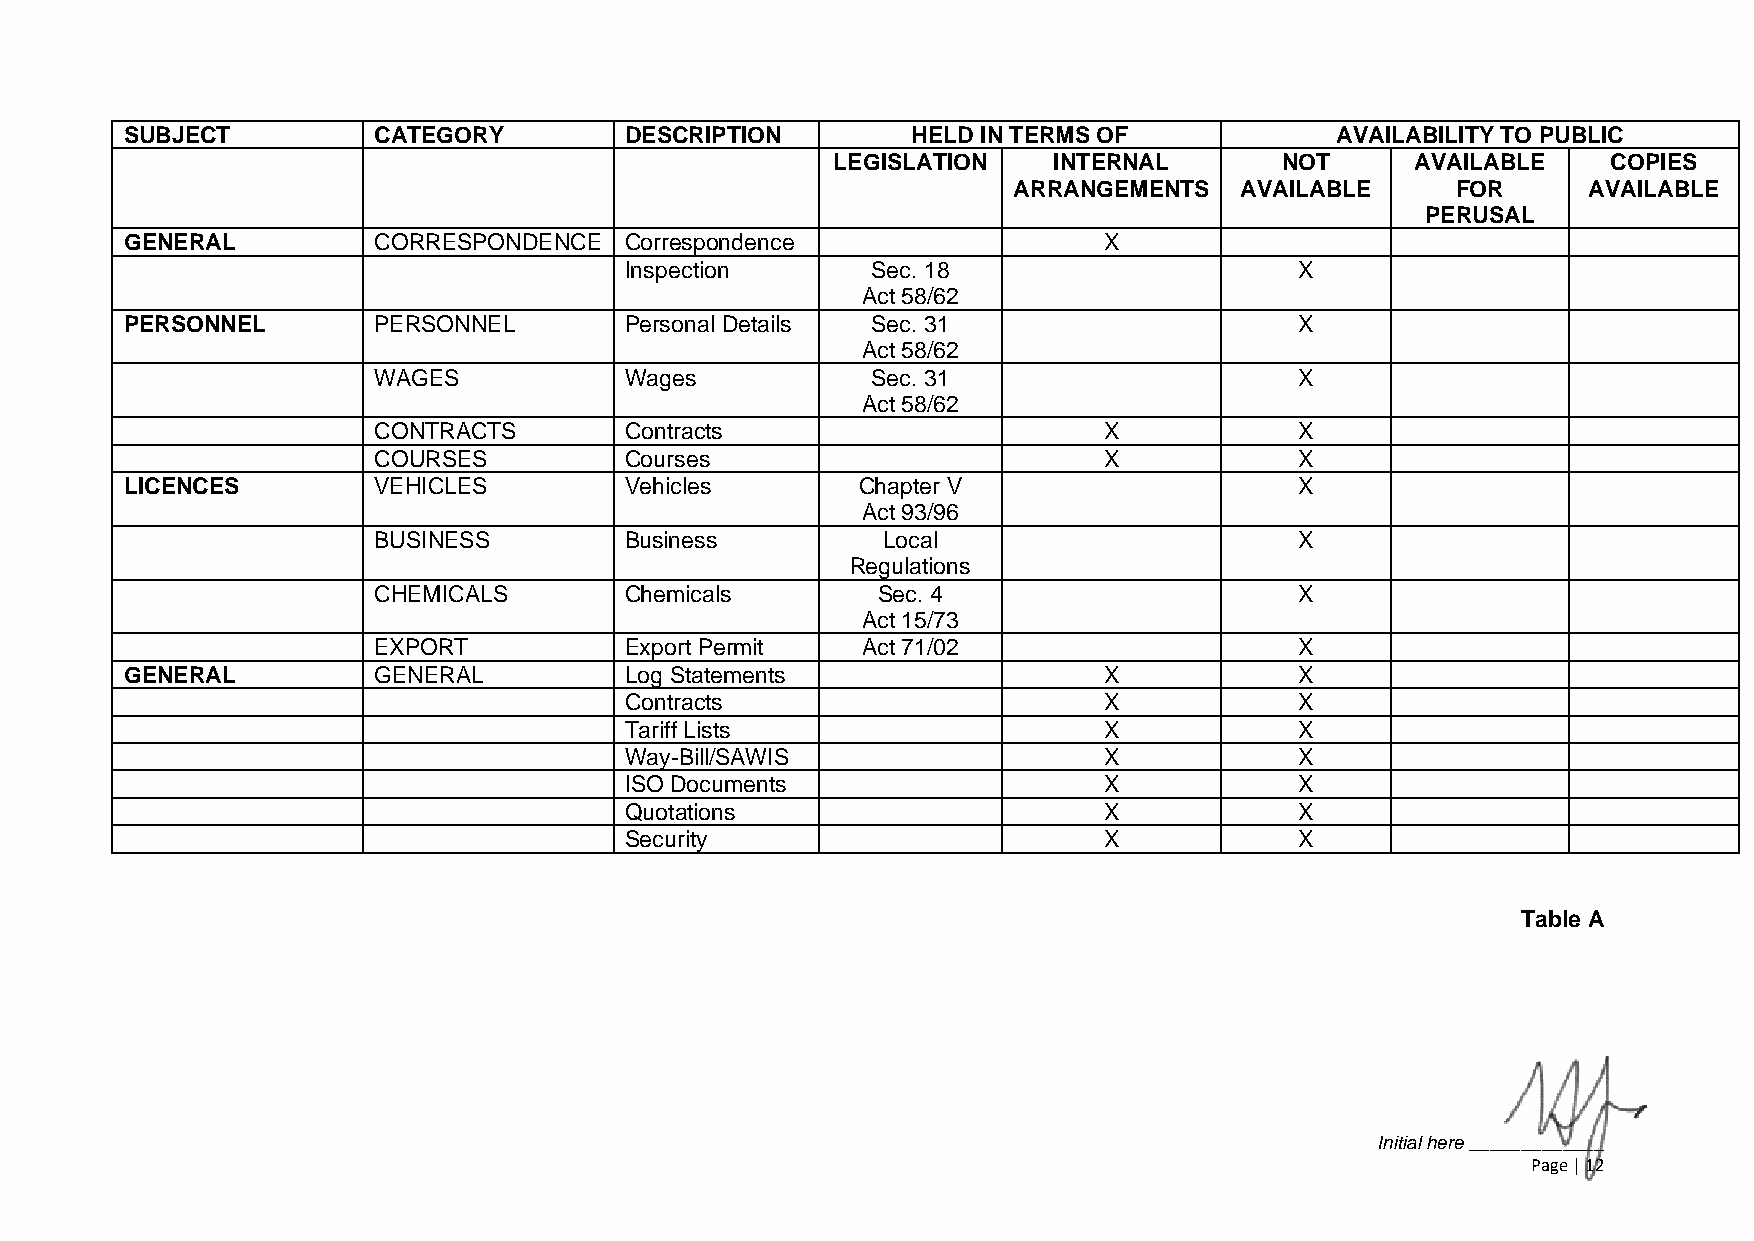
SUBJECT          CATEGORY        DESCRIPTION        HELD IN TERMS OF            AVAILABILITY TO PUBLIC
 LEGISLATION    INTERNAL       NOT      AVAILABLE    COPIES
 ARRANGEMENTS   AVAILABLE     FOR      AVAILABLE
 PERUSAL
 GENERAL          CORRESPONDENCE  Correspondence                  X
 Inspection       Sec. 18                     X
 Act 58/62
 PERSONNEL        PERSONNEL       Personal Details Sec. 31                     X
 Act 58/62
 WAGES           Wages            Sec. 31                     X
 Act 58/62
 CONTRACTS       Contracts                       X            X
 COURSES         Courses                         X            X
 LICENCES         VEHICLES        Vehicles        Chapter V                    X
 Act 93/96
 BUSINESS        Business         Local                       X
 Regulations
 CHEMICALS       Chemicals        Sec. 4                      X
 Act 15/73
 EXPORT          Export Permit   Act 71/02                    X
 GENERAL          GENERAL         Log Statements                  X            X
 Contracts                       X            X
 Tariff Lists                    X            X
 Way-Bill/SAWIS                  X            X
 ISO Documents                   X            X
 Quotations                      X            X
 Security                        X            X
 Table A
 Initial here _____________
 Page | 12